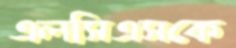
এলসিএসকে